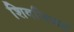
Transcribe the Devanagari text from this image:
शिवनिग्रह